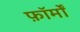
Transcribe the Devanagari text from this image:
फ़ॉर्मों